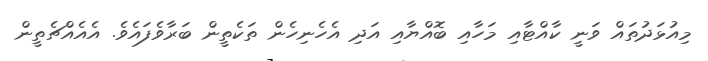
މިއުޅަދުތައް ވަނީ ކާއްޓާއި މަހާއި ބޮއްޔާއި އަދި އެހެނިހެން ތަކެތީން ބަރާވެފައެވެ. އެއެއްޗެތީން